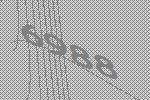
6988